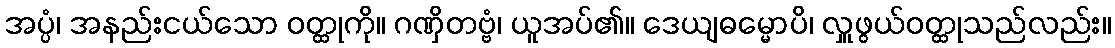
အပ္ပံ၊ အနည်းငယ်သော ဝတ္ထုကို။ ဂဏှိတဗ္ဗံ၊ ယူအပ်၏။ ဒေယျဓမ္မောပိ၊ လှူဖွယ်ဝတ္ထုသည်လည်း။